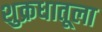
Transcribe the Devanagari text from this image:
शुक्रधातूला